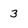
Character: 3